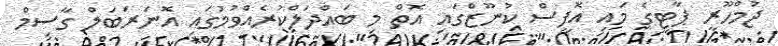
ޖުމްހޫރީ ޕާޓީގެ މައި އޮފީސް ކުނޫޒްގައި އޮތް މި ބައްދަލްކުރެއްވުމުގައި އޮނަރަބަލް ގާސިމް